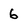
Character: 6